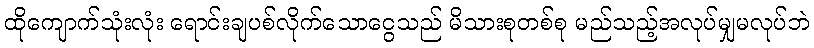
ထိုကျောက်သုံးလုံး ရောင်းချပစ်လိုက်သောငွေသည် မိသားစုတစ်စု မည်သည့်အလုပ်မျှမလုပ်ဘဲ